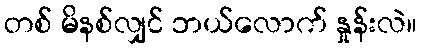
တစ် မိနစ်လျှင် ဘယ်လောက် နှုန်းလဲ။